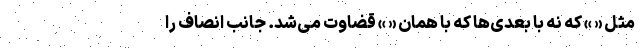
مثل « » که نه با بعدی‌ها که با همان « » قضاوت می‌شد. جانب انصاف را